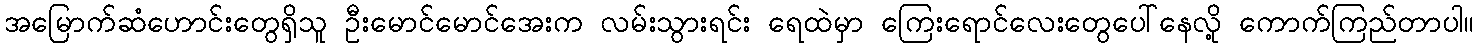
အမြောက်ဆံဟောင်းတွေရှိသူ ဦးမောင်မောင်အေးက လမ်းသွားရင်း ရေထဲမှာ ကြေးရောင်လေးတွေပေါ်နေလို့ ကောက်ကြည်တာပါ။